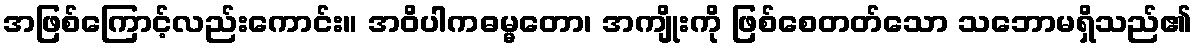
အဖြစ်ကြောင့်လည်းကောင်း။ အဝိပါကဓမ္မတော၊ အကျိုးကို ဖြစ်စေတတ်သော သဘောမရှိသည်၏